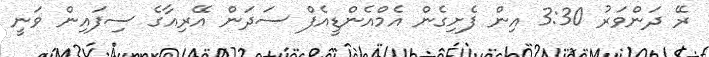
ރޭ ދަންވަރު 3:30 އިން ފެށިގެން އެމްއެންޑީއެފް ސަދަން އޭރިއާގެ ސިފައިން ވަނީ